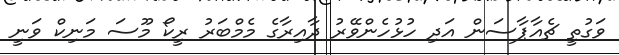
ވަގުތީ ޗެއާޕާސަން އަދި ހުޅުހެންވޭރު ދާއިރާގެ މެމްބަރު ރީކޯ މޫސަ މަނިކް ވަނީ